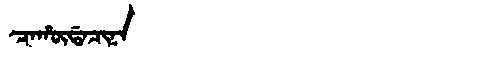
Manchu: ᠴᠠᡥᡡᡩᠠᠴᡳᠨᠠ
Romanization: CAHŪDACINA